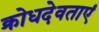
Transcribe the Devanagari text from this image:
क्रोधदेवताएं